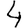
Digit: 4